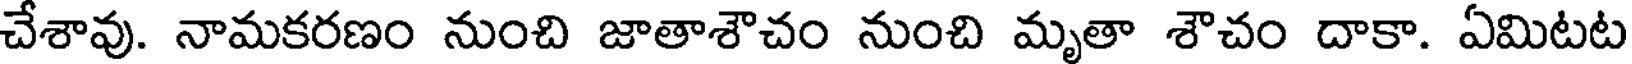
చేశావు. నామకరణం నుంచి జాతాశౌచం నుంచి మృతా శౌచం దాకా. ఏమిటట